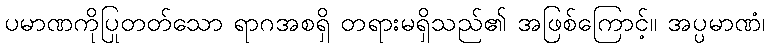
ပမာဏကိုပြုတတ်သော ရာဂအစရှိ တရားမရှိသည်၏ အဖြစ်ကြောင့်။ အပ္ပမာဏံ၊